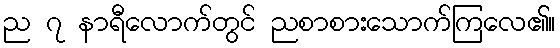
ည ၇ နာရီလောက်တွင် ညစာစားသောက်ကြလေ၏။